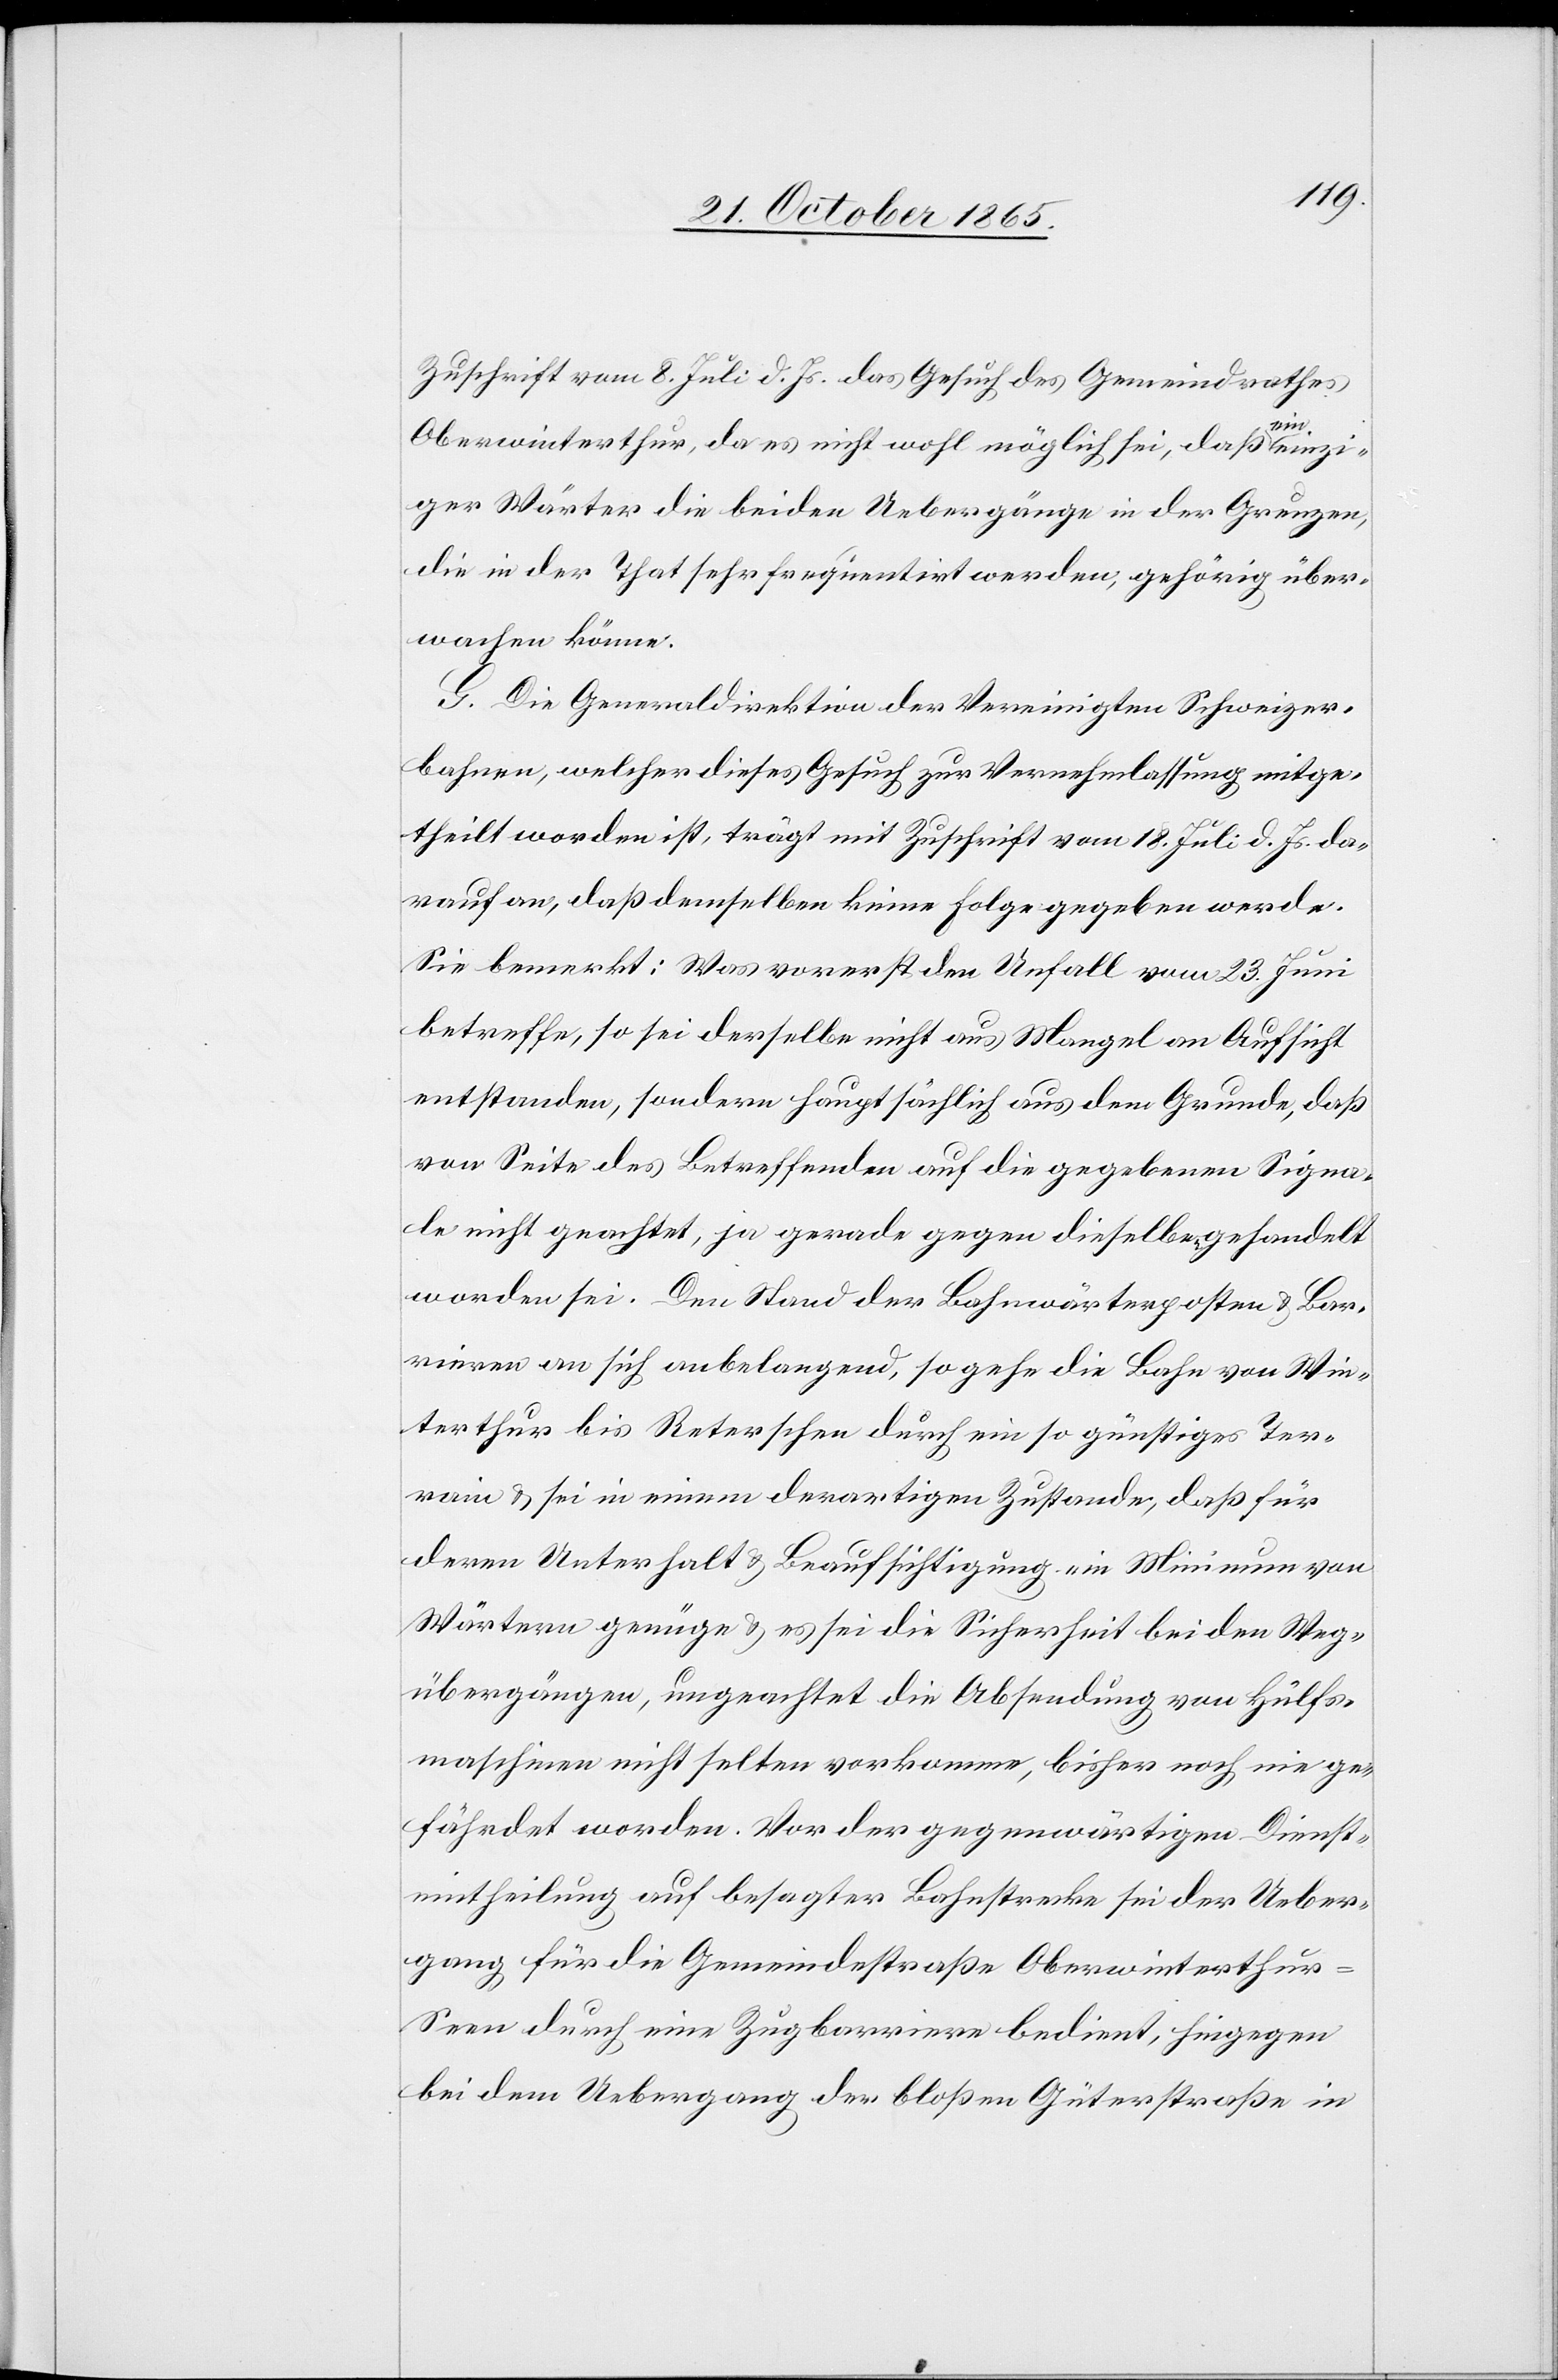
Zuschrift vom 8. Juli d. Js. das Gesuch des Gemeindrathes
nz¬
Oberwinterthur, da es nicht wohl möglich sei, daß ein ei¬
iger Wärter die beiden Uebergänge in der Greuzen,
die in der That sehr frequentirt werden, gehörig über¬
wachen könne.
G. Die Generaldirektion der Vereinigten Schweizer¬
bahnen, welcher dieses Gesuch zur Vernehmlassung mitge¬
theilt worden ist, trägt mit Zuschrift vom 18. Juli d. Js. da¬
rauf an, daß demselben keine Folge gegeben werd¬
e.
Sie bemerkt: Was vorerst den Unfall vom 23. Juni
betreffe, so sei derselbe nicht aus Mangel an Aufsicht
entstanden, sondern hauptsächlich aus dem Grunde, daß
von Seite des Betreffenden auf die gegebenen Signa¬
le nicht geachtet, ja gerade gegen dieselben gehandelt
worden sei. Den Stand der Bahnwärterposten & Bar¬
rieren an sich anbelangend, so gehe die Bahn von Win¬
terthur bis Reterschen durch ein so günstiges Ter¬
rain & sei in einem derartigen Zustande, daß für
deren Unterhalt & Beaufsichtigung ein Minimum von
Wärtern genüge & es sei die Sicherheit bei den Weg¬
übergängen, ungeachtet die Absendung von Hülfs¬
maschinen nicht selten vorkomme, bisher noch nie ge¬
fährdet worden. Vor der gegenwärtigen Dienst¬
eintheilung auf besagter Bahnstrecke sei der Ueber¬
gang für die Gemeindestraße Oberwinterthu¬
r–Seen durch eine Zugbarriere bedient, hingegen
bei dem Uebergang der bloßen Güterstraße in